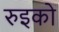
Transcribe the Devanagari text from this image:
रुइको